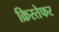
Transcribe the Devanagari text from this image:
क्रिस्तेफर